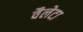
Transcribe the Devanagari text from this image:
वैलेटा